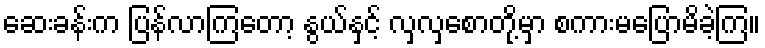
ဆေးခန်းက ပြန်လာကြတော့ နွယ်နှင့် လှလှစောတို့မှာ စကားမပြောမိခဲ့ကြ။